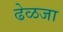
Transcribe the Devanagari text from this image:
ढेळजा